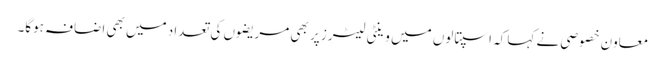
معاون خصوصی نے کہا کہ اسپتالوں میں وینٹی لیٹرز پر بھی مریضوں کی تعداد میں بھی اضافہ ہوگا۔